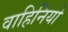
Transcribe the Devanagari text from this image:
वाहिनियो